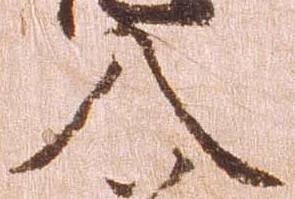
入